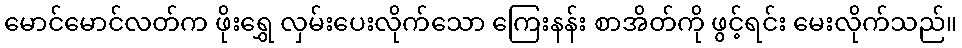
မောင်မောင်လတ်က ဖိုးရွှေ လှမ်းပေးလိုက်သော ကြေးနန်း စာအိတ်ကို ဖွင့်ရင်း မေးလိုက်သည်။